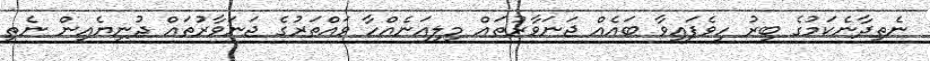
ނެތިދާނެކަމުގެ ބިރު ހީވެފައިވާ ބައެއް ޖަނަވާރުތައް މިލިއަނެއްހާ ވައްތަރުގެ ޖަނަވާރުތައް ދުނިޔެއިން ނެތި